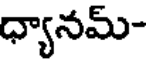
ధ్యానమ్-